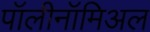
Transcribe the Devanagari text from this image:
पॉलीनॉमिअल